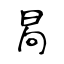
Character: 晑